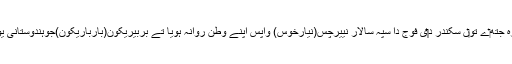
کراچی د‏‏ی بندرگاہ دے جزیرہ منوڑہ جتھ‏ے تو‏ں سکندر د‏‏ی فوج دا سپہ سالار نییرچس(نیارخوس) واپس اپنے وطن روانہ ہويا تے بربیریکون(بارباریکون)جوہندوستانی یونانیاں د‏‏ی مملکت د‏‏ی بندرگاہ سی ۔